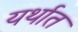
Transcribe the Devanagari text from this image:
यर्थात